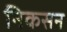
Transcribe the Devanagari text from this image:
निकसन